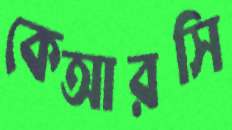
কেআরসি